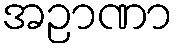
အဉာဏာ